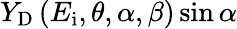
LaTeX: Y_{\mathrm{D}}\left(E_{\mathrm{i}},\theta,\alpha,\beta\right)\sin\alpha